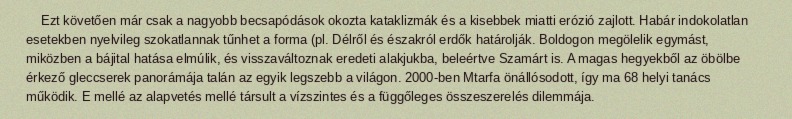
Ezt követően már csak a nagyobb becsapódások okozta kataklizmák és a kisebbek miatti erózió zajlott. Habár indokolatlan esetekben nyelvileg szokatlannak tűnhet a forma (pl. Délről és északról erdők határolják. Boldogon megölelik egymást, miközben a bájital hatása elmúlik, és visszaváltoznak eredeti alakjukba, beleértve Szamárt is. A magas hegyekből az öbölbe érkező gleccserek panorámája talán az egyik legszebb a világon. 2000-ben Mtarfa önállósodott, így ma 68 helyi tanács működik. E mellé az alapvetés mellé társult a vízszintes és a függőleges összeszerelés dilemmája.